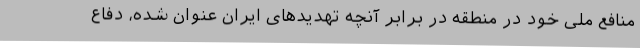
منافع ملی خود در منطقه در برابر آنچه تهدیدهای ایران عنوان شده، دفاع